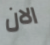
الان